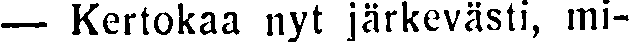
— Kertokaa nyt järkevästi, mi-